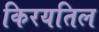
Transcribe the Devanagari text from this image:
किरयतिल